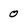
Character: 0